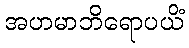
အဟမာဘိရောပယိံ